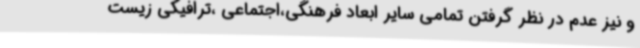
و نیز عدم در نظر گرفتن تمامی سایر ابعاد فرهنگی،اجتماعی ،ترافیکی زیست